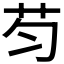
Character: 𱽏